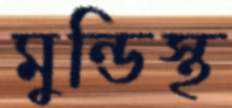
মুন্ডিস্থ